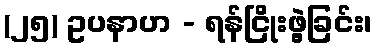
(၂၅) ဥပနာဟ - ရန်ငြိုးဖွဲ့ခြင်း၊